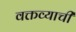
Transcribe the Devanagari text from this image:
वक्तव्याची